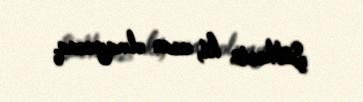
Şübhəsiz ki, asan olmayacaq.